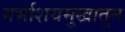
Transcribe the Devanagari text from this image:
गर्भाशयमुखातून